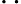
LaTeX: ..